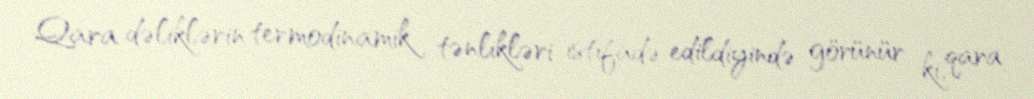
Qara dəliklərin termodinamik tənlikləri istifadə edildiyində görünür ki, qara